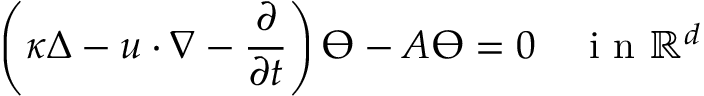
\left( \kappa \Delta - u \cdot \nabla - \frac { \partial } { \partial t } \right) \varTheta - A \varTheta = 0 \quad \textrm { i n } \mathbb { R } ^ { d }